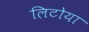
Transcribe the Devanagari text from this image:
लिटोया